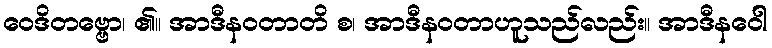
ဝေဒိတဗ္ဗော၊ ၏။ အာဒီနဝတာတိ စ၊ အာဒီနဝတာဟူသည်လည်း။ အာဒီနဝေါ